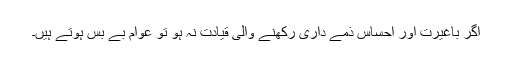
اگر باغیرت اور احساس ذمے داری رکھنے والی قیادت نہ ہو تو عوام بے بس ہوتے ہیں۔